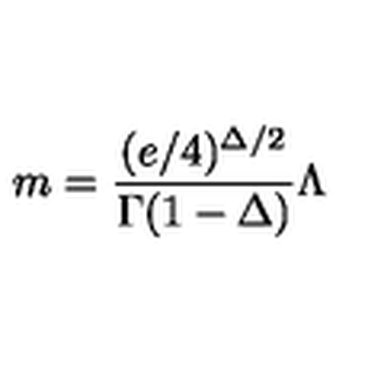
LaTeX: m = { \frac { ( e / 4 ) ^ { \Delta / 2 } } { \Gamma ( 1 - \Delta ) } } \Lambda